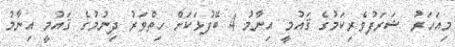
މިއަހަރު ޝަރަފުވެރިކަމުގެ ޤައުމީ އިނާމު 4 ބޭފުޅަކަށް ހިތްވަރު ދިނުމުގެ ޤައުމީ އިނާމު